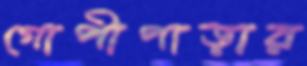
গোপীপাড়ার